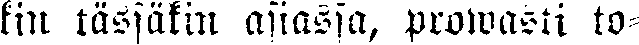
kin tässäkin asiassa, prowasti to-